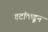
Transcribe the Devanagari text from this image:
गटांकडून